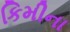
કિમીના